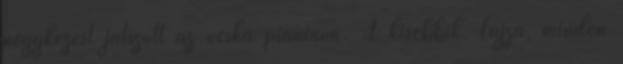
négykezest játszott az ócska pianinón. A kisebbik, Lujza, minden